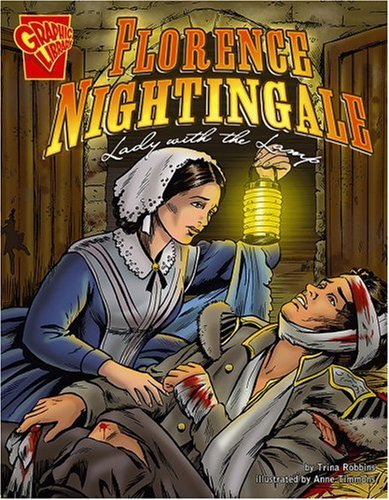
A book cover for Florence Nightingale: Lady with the Lamp (Graphic Biographies); Trina Robbins; Children's Books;